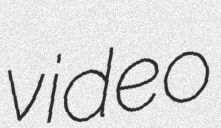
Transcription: video